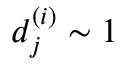
d _ { j } ^ { ( i ) } \sim 1